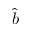
\hat { b }